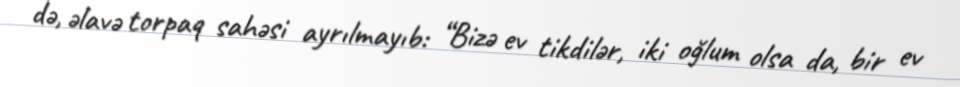
də, əlavə torpaq sahəsi ayrılmayıb: “Bizə ev tikdilər, iki oğlum olsa da, bir ev